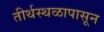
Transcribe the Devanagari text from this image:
तीर्थस्थळापासून